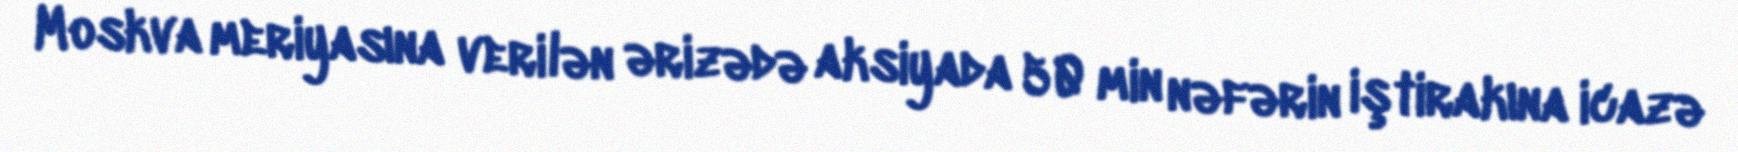
Moskva meriyasına verilən ərizədə aksiyada 50 min nəfərin iştirakına icazə